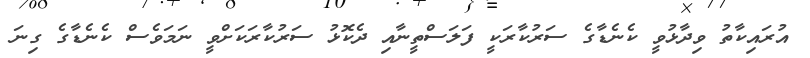
އުރައިކާތު ވިދާޅުވީ ކެނެޑާގެ ސަރުކާރަކީ ފަލަސްތީނާއި ދެކޮޅު ސަރުކާރަކަށްވީ ނަމަވެސް ކެނެޑާގެ ގިނަ